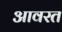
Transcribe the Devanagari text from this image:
आवरत